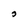
Character: o